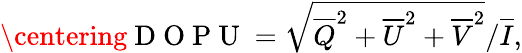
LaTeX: \centering\mathrm{~D~O~P~U~}=\sqrt{\overline{{Q}}^{2}+\overline{{U}}^{2}+\overline{{V}}^{2}}/\overline{{I}},